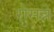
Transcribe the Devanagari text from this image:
रोसन्ने